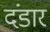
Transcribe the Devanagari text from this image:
दंडार